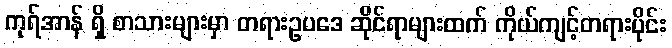
ကုရ်အာန် ရှိ စာသားများမှာ တရားဥပဒေ ဆိုင်ရာများထက် ကိုယ်ကျင့်တရားပိုင်း